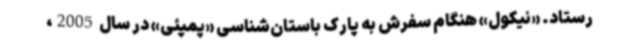
رستاد. «نیکول» هنگام سفرش به پارک باستان‌شناسی «پمپئی» در سال 2005،